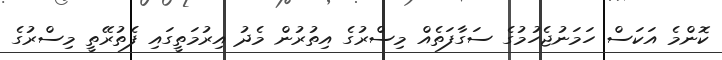
ކޮންމެ އަކަސް ހަމަނުޖެހުމުގެ ސަގާފަތެއް މިސްރުގެ އިތުރުން މެދު އިރުމަތީގައި ފެތުރޭތީ މިސްރުގެ